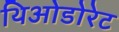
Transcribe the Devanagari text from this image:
थिओडोरेट